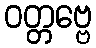
ဝတ္တဗ္ဗေ